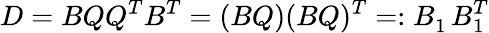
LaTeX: D=BQQ^{T}B^{T}=(BQ)(BQ)^{T}=:B_{1}^{\phantom{T}}B_{1}^{T}